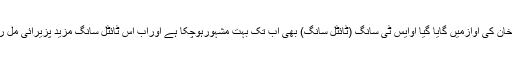
ڈرامہ کی کہانی جہاں دلچسپ ہے وہیں ڈرامے کا عالمی شہرت یافتہ گلوکارراحت فتح علی خان کی آوازمیں گایا گیا اوایس ٹی سانگ (ٹائٹل سانگ) بھی اب تک بہت مشہورہوچکا ہے اوراب اس ٹائٹل سانگ مزید پزیرائی مل رہی ہے جب سے اسے 2 ننھے گلوکار اپنی بہترین آوازمیں جاندار طریقے سے گا رہے ہیں۔